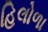
હિલોળા